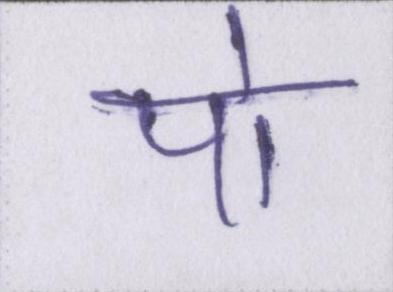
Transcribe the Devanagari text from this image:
पो